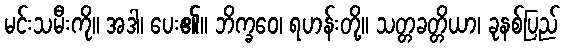
မင်းသမီးကို။ အဒါ၊ ပေး၏။ ဘိက္ခဝေ၊ ရဟန်းတို့။ သတ္တခတ္တိယာ၊ ခုနစ်ပြည်